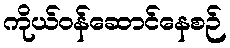
ကိုယ်ဝန်ဆောင်နေစဉ်